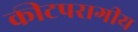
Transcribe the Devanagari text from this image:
कीटपरागीय